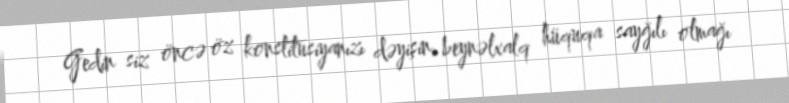
Gedin siz öncə öz konstitusiyanızı dəyişin, beynəlxalq hüquqa sayğılı olmağı